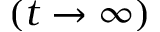
( t \to \infty )